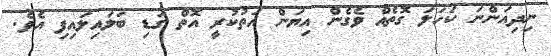
ނިދިއަންނަ ކަހަލަ ގޮތެއް ވެގެން އިޔަން އަތުކުރީ އޮތް ގަޑި ބަލައިލައިފި އެވެ.